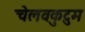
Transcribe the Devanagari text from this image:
चेलवकुटुम